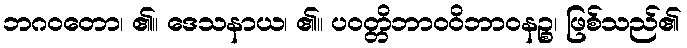
ဘဂဝတော၊ ၏။ ဒေသနာယ၊ ၏။ ပဝတ္တိဘာဝဝိဘာဝနဉ္စ၊ ဖြစ်သည်၏